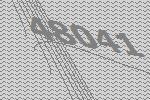
48041